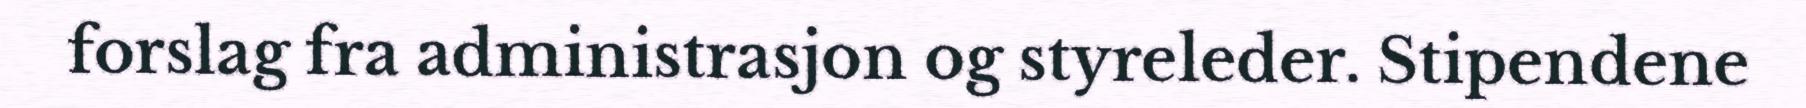
forslag fra administrasjon og styreleder. Stipendene